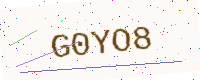
Text: G0YO8